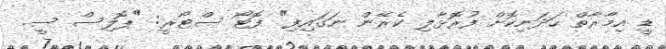
ޑީ އިމާރާތް ހަދަނިކޮށް ފުރޮޅާލި ކެރޭން ނަގައިފި" ފޮޓޯ ސްޓޯރީ: "ޕޮލިސް ސީ.